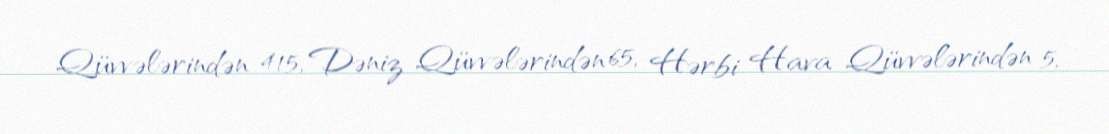
Qüvvələrindən 415, Dəniz Qüvvələrindən 65, Hərbi Hava Qüvvələrindən 5,